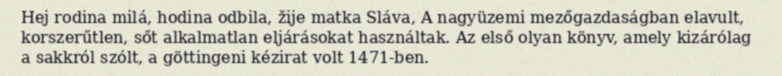
Hej rodina milá, hodina odbila, žije matka Sláva, A nagyüzemi mezőgazdaságban elavult, korszerűtlen, sőt alkalmatlan eljárásokat használtak. Az első olyan könyv, amely kizárólag a sakkról szólt, a göttingeni kézirat volt 1471-ben.